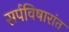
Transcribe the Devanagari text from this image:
सर्पविषारांत